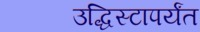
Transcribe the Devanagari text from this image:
उद्धिस्टापर्यंत